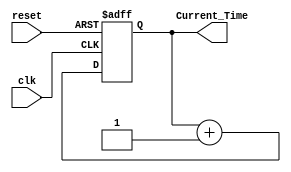
module Simulation_Time_Initialization #(
    parameter integer Start_Time = 0 // Parameter to set the starting simulation time
)(
    input wire clk,                  // Clock signal
    input wire reset,                // Reset signal
    output reg [31:0] Current_Time   // 32-bit output for current time
);

// Initialize Current_Time at the start of the simulation
initial begin
    if (Start_Time < 0) begin
        Current_Time = 0;  // Clamp to zero if Start_Time is negative
    end else begin
        Current_Time = Start_Time; // Set Current_Time to Start_Time
    end
end

// Update Current_Time based on clock cycles
always @(posedge clk or posedge reset) begin
    if (reset) begin
        // Reset Current_Time on reset signal
        Current_Time <= Start_Time < 0 ? 0 : Start_Time;
    end else begin
        // Increment Current_Time on each clock cycle
        Current_Time <= Current_Time + 1; // Update time; modify as per desired increment
    end
end

endmodule